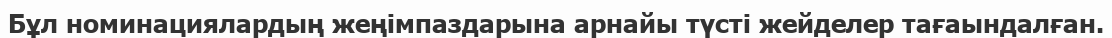
Бұл номинациялардың жеңiмпаздарына арнайы түстi жейделер тағаындалған.